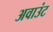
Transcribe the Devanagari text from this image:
अवाउंट